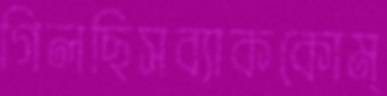
গিলছিসব্যাককোম্